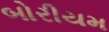
બોરીયમ